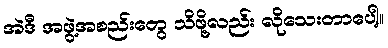
အဲဒီ အဖွဲ့အစည်းတွေ သိဖို့လည်း လိုသေးတာပေါ့။